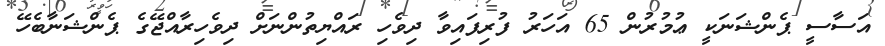
އަސާސީ ޕެންޝަނަކީ ޢުމުރުން 65 އަހަރު ފުރިފައިވާ ދިވެހި ރައްޔިތުންނަށް ދިވެހިރާއްޖޭގެ ޕެންޝަނާބެހޭ